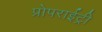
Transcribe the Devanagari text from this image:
प्रोपराईट्री